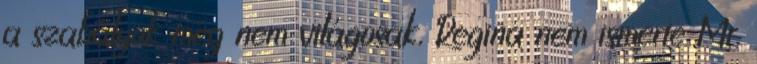
a szabályok még nem világosak, Regina nem ismerte Mr.